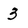
Character: 3